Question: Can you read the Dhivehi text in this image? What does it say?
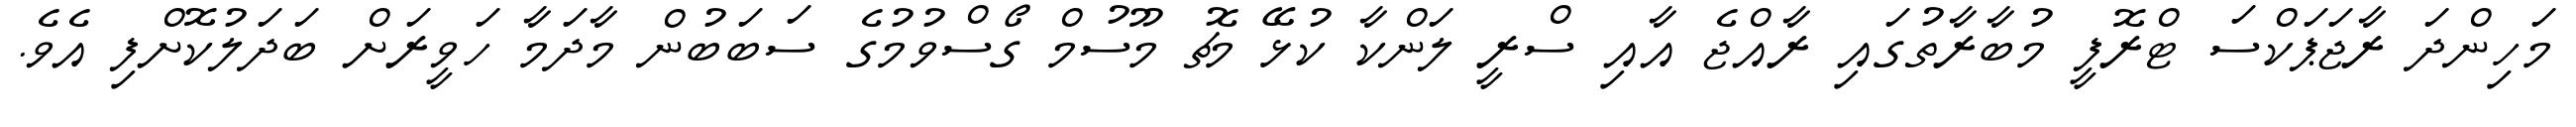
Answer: މަހިންދަ ރާޖަޕަކްސަ ޓްރޮފީ މުބާރާތުގައި ރާއްޖެ އާއި ސްރީ ލަންކާ ކުޅޭ މެޗު މޫސުމް ގޯސްވުމުގެ ސަބަބުން މާދަމާ ހަވީރަށް ބަދަލުކޮށްފި އެވެ.